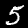
Digit: 5